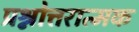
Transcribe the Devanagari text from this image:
प्रश्नोत्तरात्मक